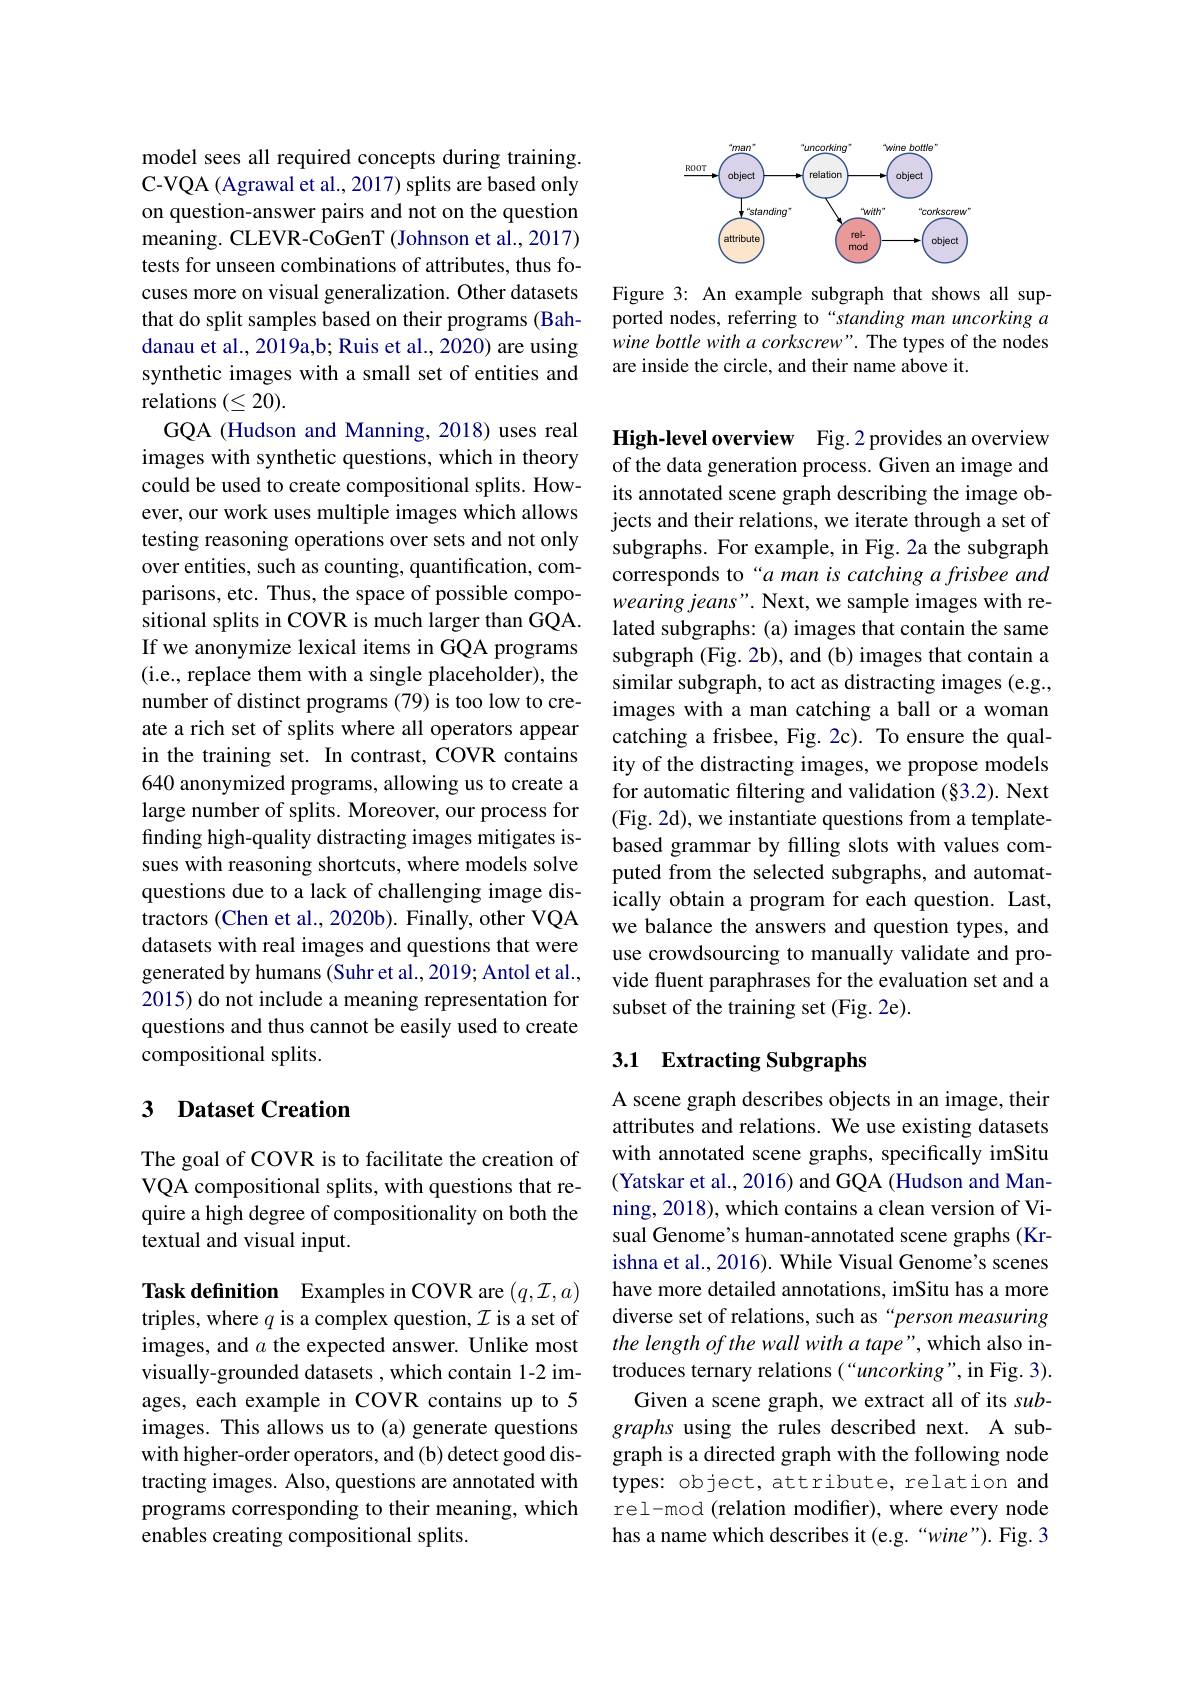
model sees all required concepts during training. C-VQA (Agrawal et al., 2017) splits are based only on question-answer pairs and not on the question meaning. CLEVR-CoGenT (Johnson et al., 2017) tests for unseen combinations of attributes, thus focuses more on visual generalization. Other datasets that do split samples based on their programs (Bahdanau et al., 2019a,b; Ruis et al., 2020) are using synthetic images with a small set of entities and relations $(\leq20).$
GQA (Hudson and Manning, 2018) uses real images with synthetic questions, which in theory could be used to create compositional splits. However, our work uses multiple images which allows testing reasoning operations over sets and not only over entities, such as counting, quantification, comparisons, etc. Thus, the space of possible compositional splits in COVR is much larger than GQA. If we anonymize lexical items in GQA programs (i.e., replace them with a single placeholder), the number of distinct programs (79) is too low to create a rich set of splits where all operators appear in the training set. In contrast, COVR contains 640 anonymized programs, allowing us to create a large number of splits. Moreover, our process for finding high-quality distracting images mitigates issues with reasoning shortcuts, where models solve questions due to a lack of challenging image distractors (Chen et al., 2020b). Finally, other VQA datasets with real images and questions that were generated by humans (Suhr et al.,2019; Antol et al., 2015) do not include a meaning representation for questions and thus cannot be easily used to create compositional splits.

## 3 Dataset Creation

The goal of COVR is to facilitate the creation of VQA compositional splits, with questions that require a high degree of compositionality on both the textual and visual input.

Task definition Examples in COVR are $(q,\mathcal{I},a)$ triples, where $q$ is a complex question, $\mathcal{I}$ is a set of images, and $a$ the expected answer. Unlike most visually-grounded datasets , which contain 1-2 images, each example in COVR contains up to 5 images. This allows us to (a) generate questions with higher-order operators, and (b) detect good distracting images. Also, questions are annotated with programs corresponding to their meaning, which enables creating compositional splits.

<FigureHere>

Figure 3: An example subgraph that shows all supported nodes, referring to“standing man uncorking a wine bottle with a corkscrew". The types of the nodes are inside the circle, and their name above it.

High-level overview Fig.2 provides an overview of the data generation process. Given an image and its annotated scene graph describing the image objects and their relations, we iterate through a set of subgraphs. For example, in Fig. 2a the subgraph corresponds to“a man is catching a frisbee and wearing jeans". Next, we sample images with related subgraphs: (a) images that contain the same subgraph (Fig. 2b), and (b) images that contain a similar subgraph, to act as distracting images (e.g., images with a man catching a ball or a woman catching a frisbee, Fig. 2c). To ensure the quality of the distracting images, we propose models for automatic filtering and validation (§3.2). Next (Fig. 2d), we instantiate questions from a templatebased grammar by filling slots with values computed from the selected subgraphs, and automatically obtain a program for each question. Last, we balance the answers and question types, and use crowdsourcing to manually validate and provide fluent paraphrases for the evaluation set and a subset of the training set (Fig. 2e).

## 3.1 Extracting Subgraphs

A scene graph describes objects in an image, their attributes and relations. We use existing datasets with annotated scene graphs, specifically imSitu (Yatskar et al., 2016) and GQA (Hudson and Manning, 2018), which contains a clean version of Visual Genome's human-annotated scene graphs (Krishna et al., 2016). While Visual Genome's scenes have more detailed annotations, imSitu has a more diverse set of relations, such as “person measuring the length of the wall with a tape", which also introduces ternary relations (“uncorking”, in Fig. 3) Given a scene graph, we extract all of its subgraphs using the rules described next. A subgraph is a directed graph with the following node types: object, attribute, relation and rel-mod (relation modifier), where every node has a name which describes it (e.g.“wine”). Fig. 3